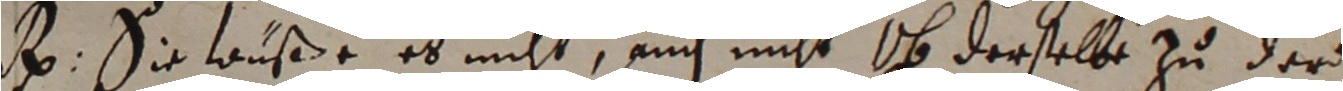
e. Die wuße es nicht, auch nicht u derselbe zu der